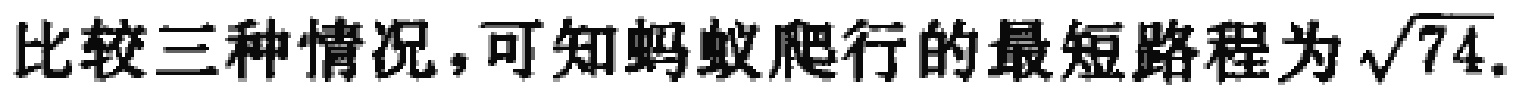
比较三种情况，可知蚂蚁爬行的最短路程为\(\sqrt{74}\).